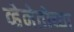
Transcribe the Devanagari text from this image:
व्हेनेतोच्या